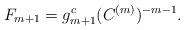
LaTeX: \begin{align*} F_{m+1} = g_{m+1}^{c}(C^{(m)})^{-m-1}.\end{align*}